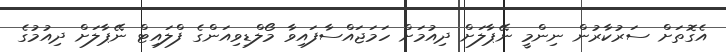
އެގޮތަށް ސަރުކާރުން ނިންމީ ނޭޕާލަށް ދިއުމަށް ހަމަޖައްސާފައިވާ މޯލްޑިވިއަންގެ ފްލައިޓް ނޭޕާލަށް ދިއުމުގެ